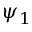
\psi _ { 1 }